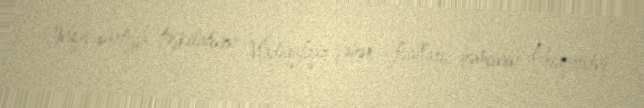
İnquş partiya təşkilatının Vladiqafqaz şəhər fəalları, həmçinin Priqorodnı